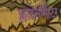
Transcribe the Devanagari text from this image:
क्लाइनोमीटर